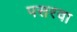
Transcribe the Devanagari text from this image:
पसरवा